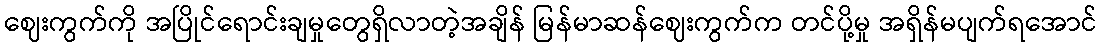
ဈေးကွက်ကို အပြိုင်ရောင်းချမှုတွေရှိလာတဲ့အချိန် မြန်မာဆန်ဈေးကွက်က တင်ပို့မှု အရှိန်မပျက်ရအောင်